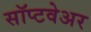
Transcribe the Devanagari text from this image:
सॉप्टवेअर